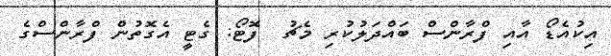
އިކުއެޑޯ އާއި ފްރާންސް ބައްދަލުކުރި މެޗު  ފޮޓޯ: ގެޓީ އެގޮތުން ފްރާންސްގެ